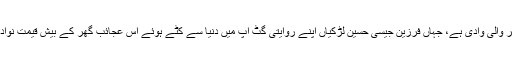
”وادیئ کیلاش دُنیا کے حسین ترین لینڈسکیپ پر واقع ایک قدیم قبیلے کی بہت ہی منفرد اور نایاب کلچر والی وادی ہے، جہاں فرزین جیسی حسین لڑکیاں اپنے روایتی گٹ اپ میں دُنیا سے کٹے ہوئے اس عجائب گھر کے بیش قیمت نوادرات ہیں جنھیں اسی صورت میں یہیں قائم و دائم رکھنے کی ذمہ داری پوری دُنیا پر عادی ہوتی ہے۔